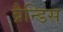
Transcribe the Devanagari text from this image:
ब्रैन्डिस